Vaccination returns of the Province of Eastern Bengal and Assam - 1905-1912
Year: 1905
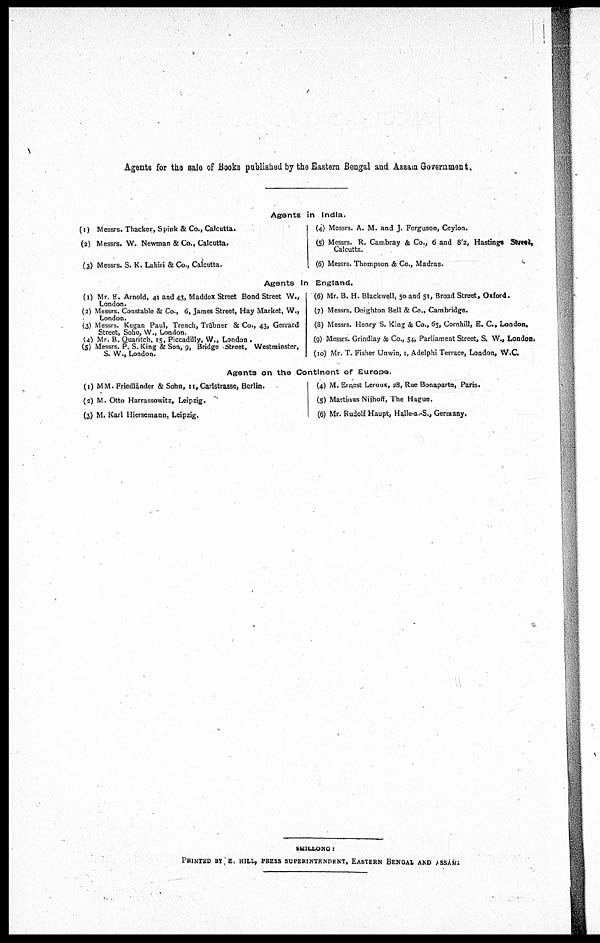
Agents for the sale of Books published by the Eastern Bengal and Assam Government.
Agents in India.
(1) Messrs. Thacker, Spink & Co., Calcutta.
(2) Messrs. W. Newman & Co., Calcutta.
(3) Messrs. S. K. Lahiri & Co., Calcutta.
(4) Messrs. A. M. and J. Ferguson, Ceylon.
(5) Messrs. R. Cambray & Co., 6 and 8/2, Hastings Street,
Calcutta.
(6) Messrs. Thompson & Co., Madras.
Agents In England.
(1) Mr. E. Arnold, 41 and 43, Maddox Street Bond Street W.,
London.
(2) Messrs. Constable & Co., 6, James Street, Hay Market, W.,
London.
(3) Messrs. Kegan Paul, Trench, Trübner & Co., 43, Gerrard
Street, Soho, W., London.
(4) Mr. B. Quaritch, 15, Piccadilly, W., London.
(5) Messrs. P. S. King & Son, 9, Bridge Street, Westminster,
S. W., London.
(6) Mr. B. H. Blackwell, 50 and 51, Broad Street, Oxford.
(7) Messrs. Deighton Bell & Co., Cambridge.
(8) Messrs. Henry S. King & Co., 65, Cornhill, E. C., London.
(9) Messrs. Grindlay & Co., 54, Parliament Street, S. W., London.
(10) Mr. T. Fisher Unwin, 1, Adelphi Terrace, London, W.C.
Agents on the Continent of Europe.
(1) MM. Friedländer & Sohn, 11, Carlstrasse, Berlin.
(2) M. Otto Harrassowitz, Leipzig,
(3) M. Karl Hiersemann, Leipzig.
(4) M. Ernest Leroux, 28, Rue Bonaparte, Paris.
(5) Martinus Nijhoff, The Hague.
(6) Mr. Rudolf Haupt, Halle-a.-S., Germany.
SHILLONG:
PRINTED BY E. HILL, PRESS SUPERINTENDENT, EASTERN BENGAL AND ASSAM;